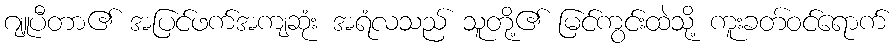
ဂျူပီတာ၏ အပြင်ဖက်အကျဆုံး အရံလသည် သူတို့၏ မြင်ကွင်းထဲသို့ ကူးခတ်ဝင်ရောက်